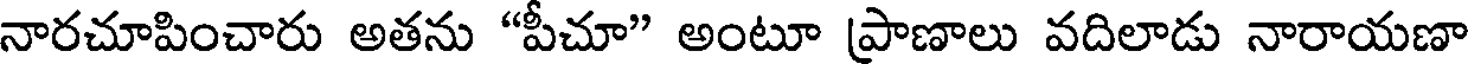
నారచూపించారు అతను "పీచూ" అంటూ ప్రాణాలు వదిలాడు నారాయణా